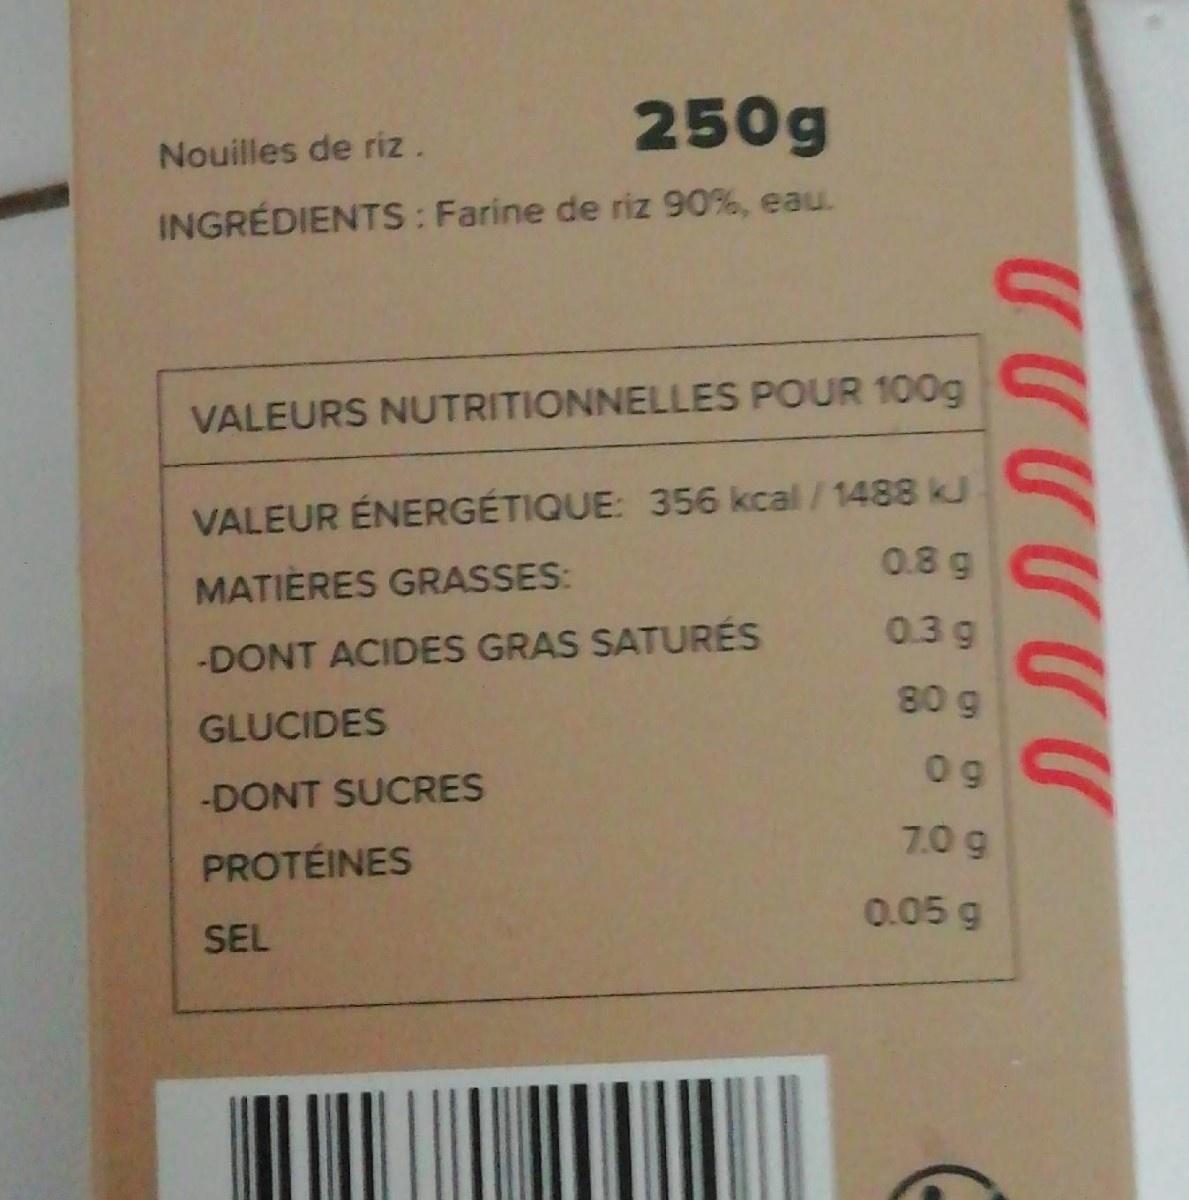
250g
Nouilles de riz.
INGRÉDIENTS: Farine de riz 90%, eau.
VALEURS NUTRITIONNELLES POUR 100g
VALEUR ÉNERGÉTIQUE: 356 kcal / 1488 kJ 0.8g
MATIÈRES GRASSES:
0.3g
-DONT ACIDES GRAS SATURÉS
80g
GLUCIDES
0g
-DONT SUCRES
7.0g
PROTÉINES
0.05 g
SEL
תתתתתת